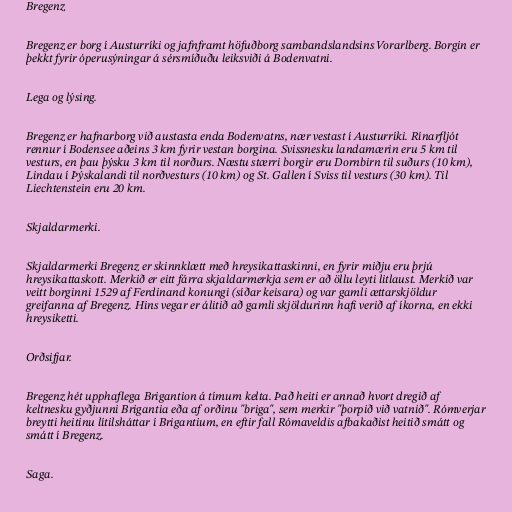
Bregenz

Bregenz er borg í Austurríki og jafnframt höfuðborg sambandslandsins Vorarlberg. Borgin er
þekkt fyrir óperusýningar á sérsmíðuðu leiksviði á Bodenvatni.

Lega og lýsing.

Bregenz er hafnarborg við austasta enda Bodenvatns, nær vestast í Austurríki. Rínarfljót
rennur í Bodensee aðeins 3 km fyrir vestan borgina. Svissnesku landamærin eru 5 km til
vesturs, en þau þýsku 3 km til norðurs. Næstu stærri borgir eru Dornbirn til suðurs (10 km),
Lindau í Þýskalandi til norðvesturs (10 km) og St. Gallen í Sviss til vesturs (30 km). Til
Liechtenstein eru 20 km.

Skjaldarmerki.

Skjaldarmerki Bregenz er skinnklætt með hreysikattaskinni, en fyrir miðju eru þrjú
hreysikattaskott. Merkið er eitt fárra skjaldarmerkja sem er að öllu leyti litlaust. Merkið var
veitt borginni 1529 af Ferdinand konungi (síðar keisara) og var gamli ættarskjöldur
greifanna af Bregenz. Hins vegar er álitið að gamli skjöldurinn hafi verið af íkorna, en ekki
hreysiketti.

Orðsifjar.

Bregenz hét upphaflega Brigantion á tímum kelta. Það heiti er annað hvort dregið af
keltnesku gyðjunni Brigantia eða af orðinu "briga", sem merkir "þorpið við vatnið". Rómverjar
breytti heitinu lítilsháttar í Brigantium, en eftir fall Rómaveldis afbakaðist heitið smátt og
smátt í Bregenz.

Saga.